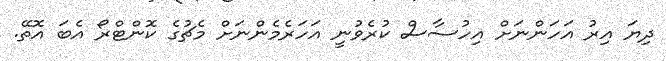
ދިޔަ އިރު އަހަންނަށް އިހުސާސް ކުރެވުނީ އަހަރެމެންނަށް މެޗުގެ ކޮންޓްރޯ އެބަ އޮތޭ.